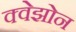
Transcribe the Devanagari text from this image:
क्वेझोन